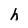
Character: h